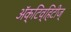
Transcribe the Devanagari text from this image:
अॅक्टिव्हिटीज्